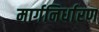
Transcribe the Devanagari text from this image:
मार्गनिर्धारण